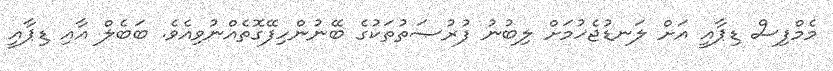
މެމްފިސް ޑިޕާއީ އަށް ލަނޑުޖެހުމަށް ލިބުނު ފުރުޞަތުތަކުގެ ބޭނުންހިފޭގޮތެއްނުވިއެވެ. ބަބެލް އާއި ޑިޕާއީ